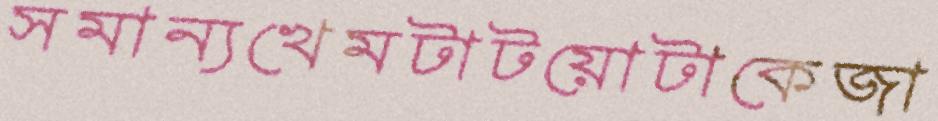
সমান্যখেমটাটয়োটাকেজা